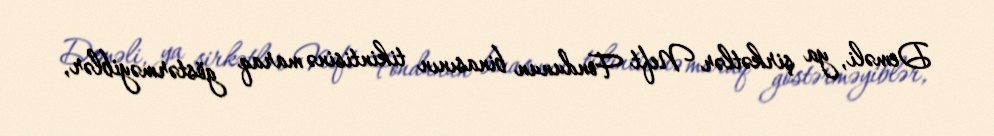
Deməli, ya şirkətlər Neft Fondunun binasının tikintisinə maraq göstərməyiblər,